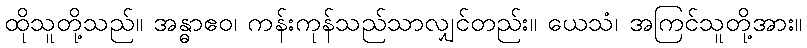
ထိုသူတို့သည်။ အန္ဓာဧဝ၊ ကန်းကုန်သည်သာလျှင်တည်း။ ယေသံ၊ အကြင်သူတို့အား။